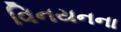
વિનયનના